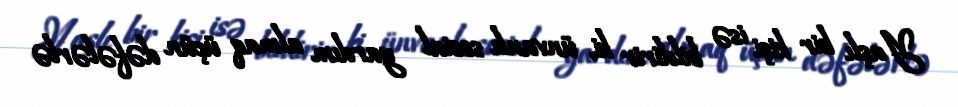
Yaşlı bir kişi isə bildirir ki, ünvanlı sosial yardım almaq üçün dəfələrlə